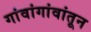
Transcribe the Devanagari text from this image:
गांवांगांवांतून